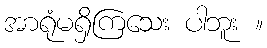
အာရုံမရှိကြသေး ပါဘူး ။